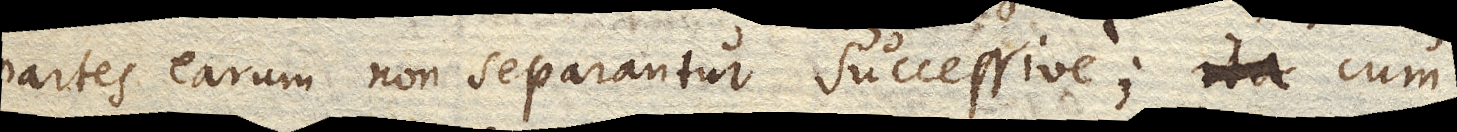
partes earum non separantur successive; ita cum